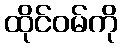
ထိုင်ဝမ်ကို